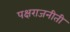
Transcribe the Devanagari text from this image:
पक्षराजनीती